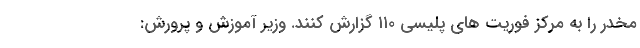
مخدر را به مرکز فوریت های پلیسی ۱۱۰ گزارش کنند. وزیر آموزش و پرورش: